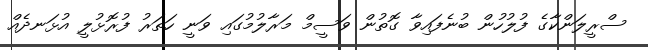
ސްރީލަންކާގެ ފުލުހުން ބުނެފައިވާ ގޮތުން ވަސީމް މަރާލުމުގައި ވަނީ ހަތަރު ފުރޮޅުލީ އުޅަނދެއް